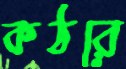
কঠরে